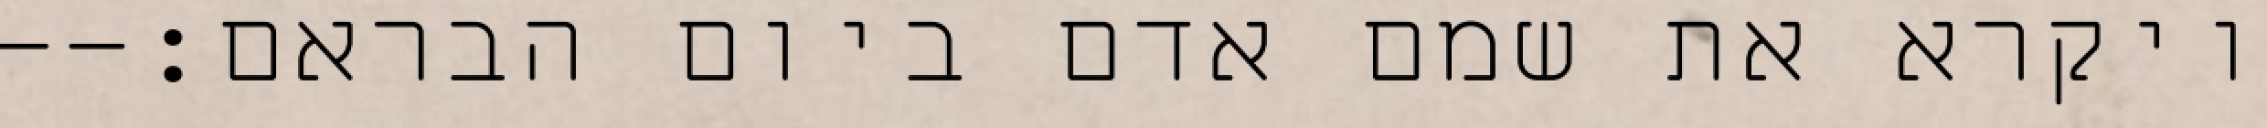
ויקרא את שמם אדם ביום הבראם׃--